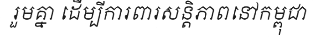
រួមគ្នា ដើម្បីការពារសន្តិភាពនៅកម្ពុជា